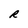
Character: R